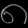
Digit: ၈